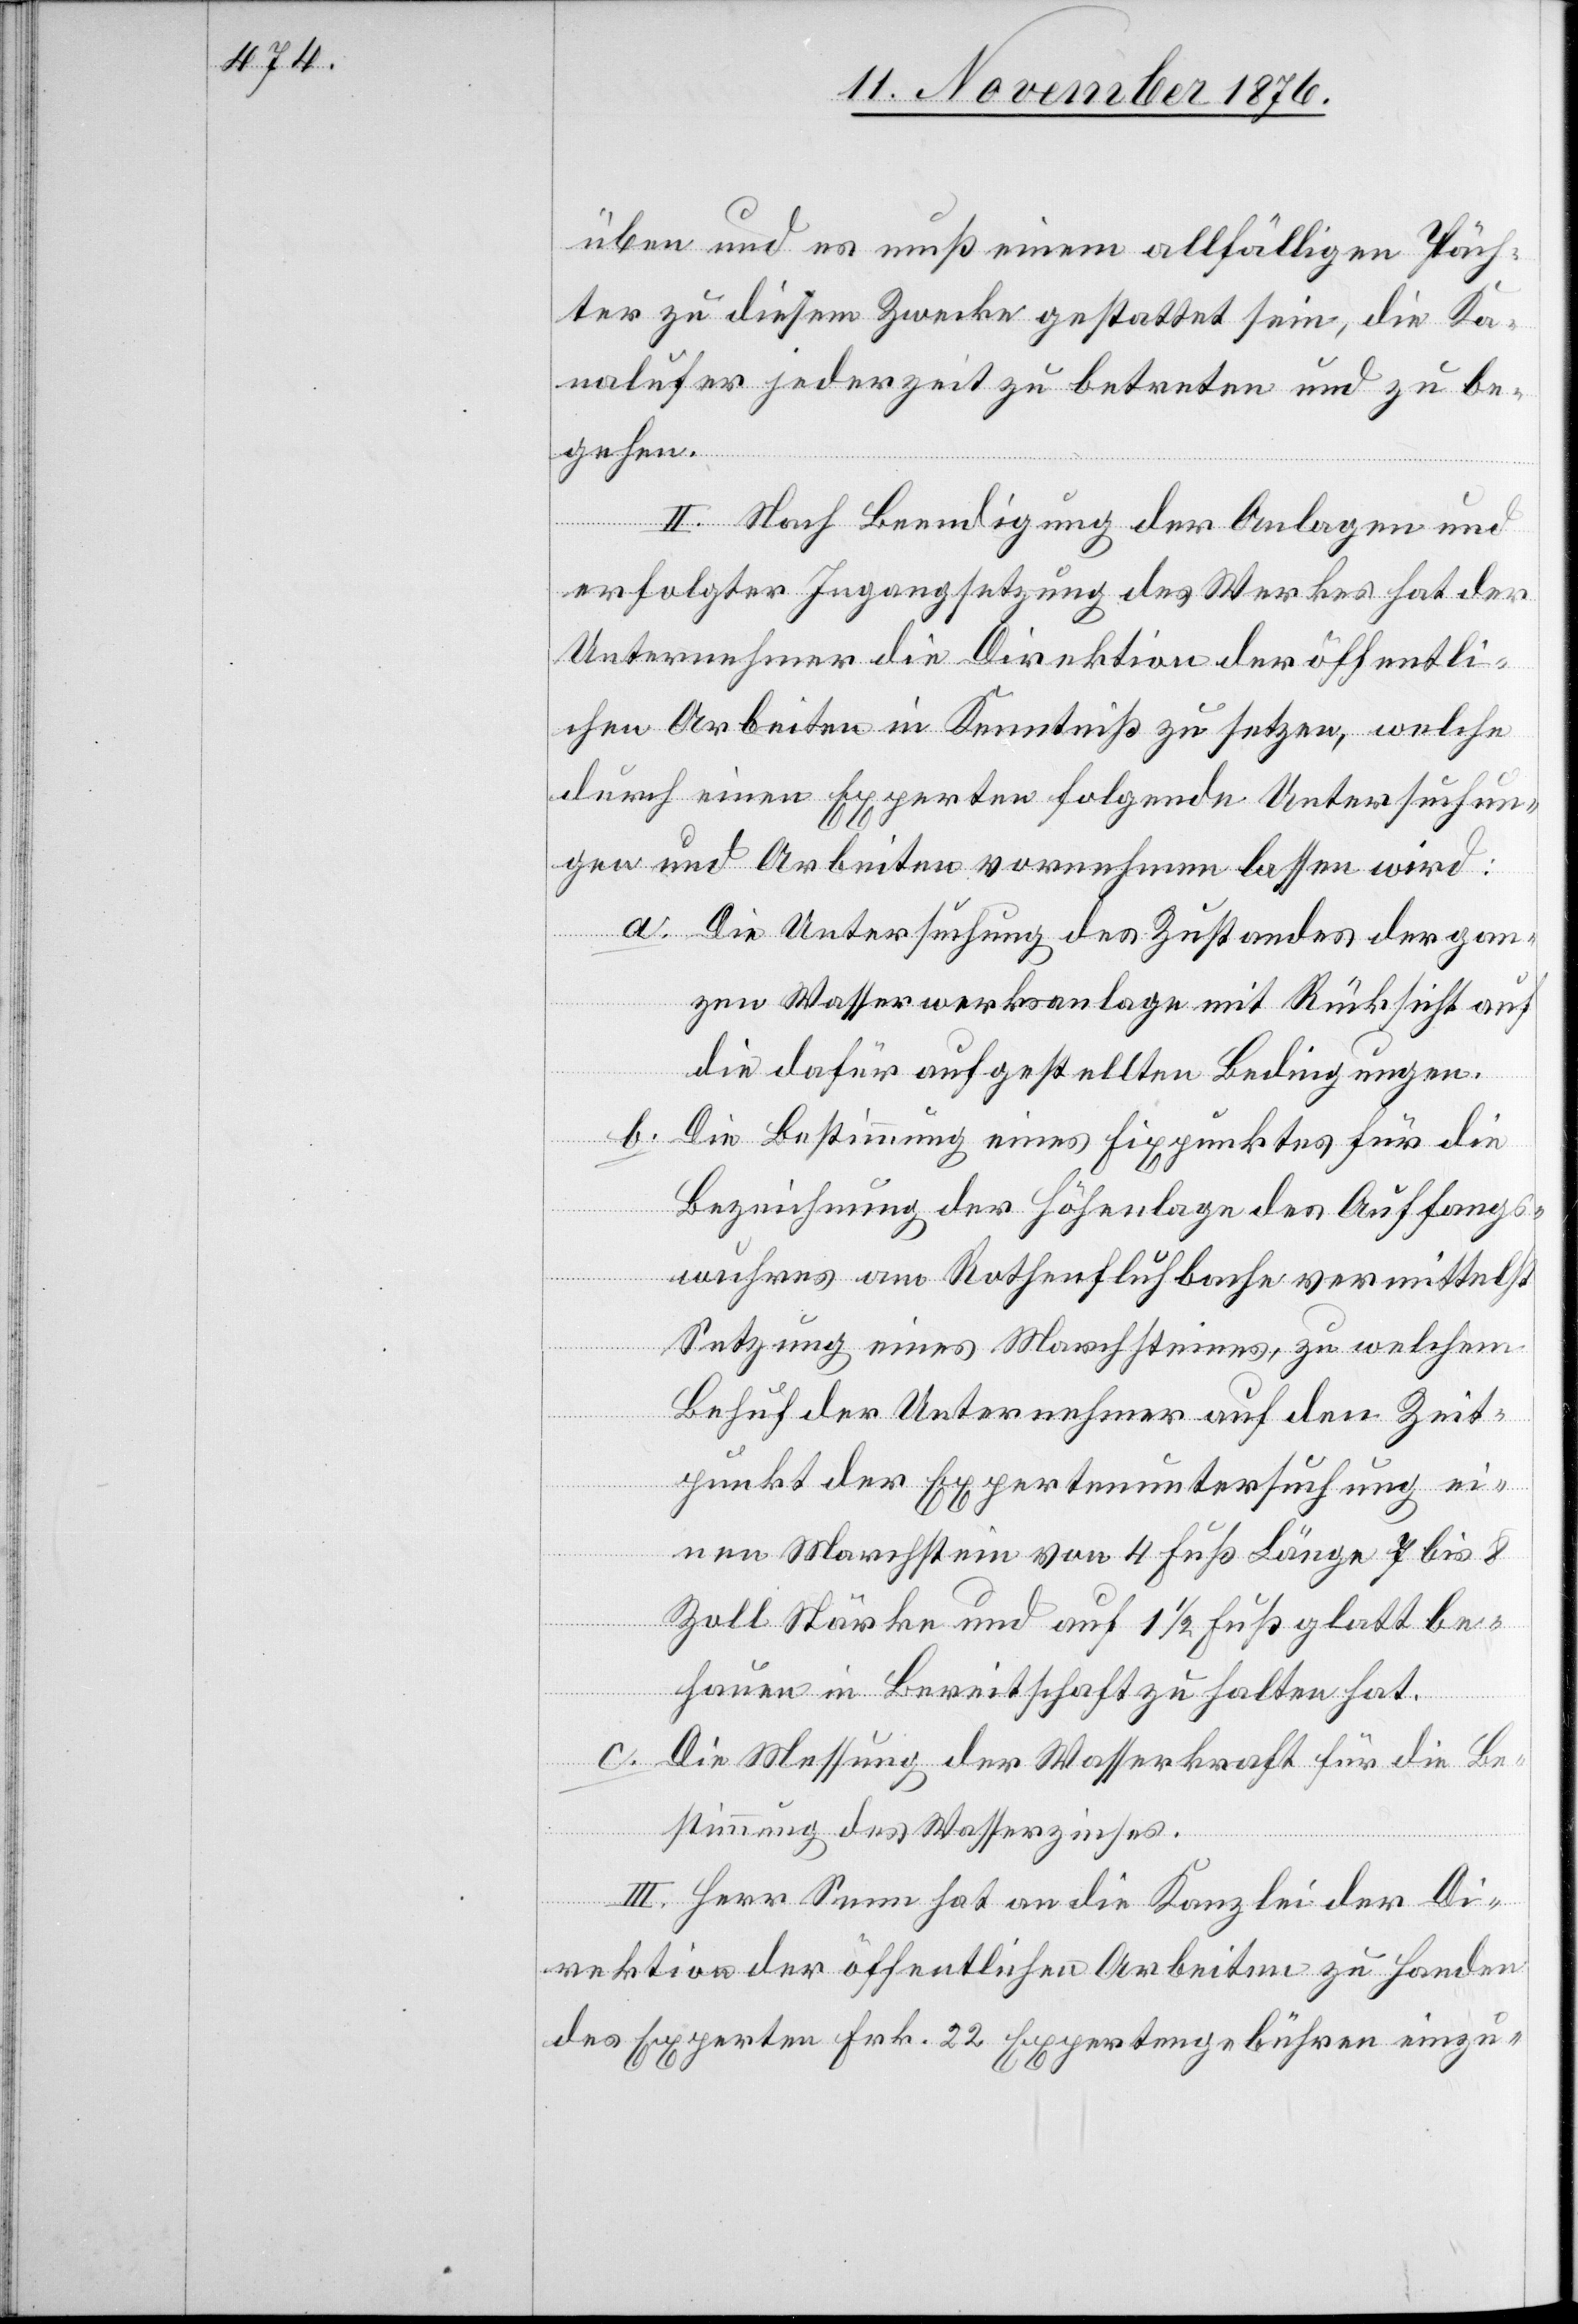
üben und es muß einem allfälligen Päch¬
ter zu diesem Zwecke gestattet sein, die Ka¬
nalufer jederzeit zu betreten und zu be¬
gehen.
II. Nach Beendigung der Anlagen und
erfolgter Ingangsetzung des Werkes hat der
Unternehmer die Direktion der öffentli¬
chen Arbeiten in Kenntniß zu setzen, welche
durch einen Experten folgende Untersuchun¬
gen und Arbeiten vornehmen lassen wird:
a. Die Untersuchung des Zustandes der gan¬
zen Wasserwerksanlage mit Rücksicht auf
die dafür aufgestellten Bedingungen.
b.
Die Bestimmung eines Fixpunktes für die
Bezeichnung der Höhenlage des Auffangs¬
wuhres am Rothenfluhbache vermittelst
Setzung eines Marchsteines, zu welchem
Behuf der Unternehmer auf den Zeit¬
punkt der Expertenuntersuchung ei¬
nen Marchstein von 4 Fuß Länge[,] 7 bis 8
Zoll Stärke und auf 1 1/2 Fuß glatt be¬
hauen in Bereitschaft zu halten hat.
c. Die Messung der Wasserkraft für die Be¬
stimmung des Wasserzinses.
III. Herr Senn hat an die Kanzlei der Di¬
rektion der öffentlichen Arbeiten zu Handen
des Experten Frk. 22 Expertengebühren einzu-